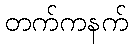
တက်ကနက်